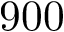
9 0 0